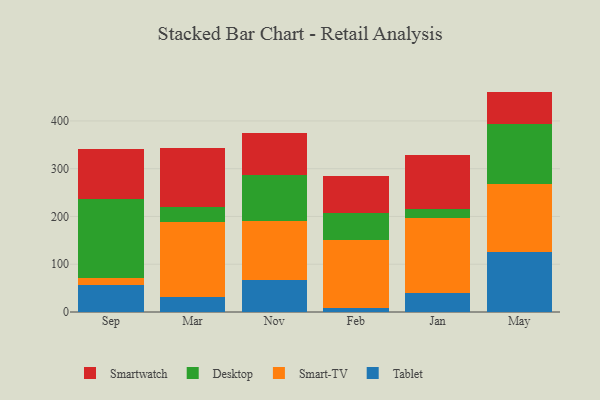
{"axis": {"x": "Month", "y": "Temperature (°C)"}, "legend": ["Desktop", "Smart-TV", "Smartwatch", "Tablet"], "data": [{"x": "Sep", "y": 56.4, "type": "Tablet"}, {"x": "Sep", "y": 14.2, "type": "Smart-TV"}, {"x": "Sep", "y": 166.2, "type": "Desktop"}, {"x": "Sep", "y": 103.9, "type": "Smartwatch"}, {"x": "Mar", "y": 31.4, "type": "Tablet"}, {"x": "Mar", "y": 156.3, "type": "Smart-TV"}, {"x": "Mar", "y": 31.7, "type": "Desktop"}, {"x": "Mar", "y": 124.9, "type": "Smartwatch"}, {"x": "Nov", "y": 67.0, "type": "Tablet"}, {"x": "Nov", "y": 123.4, "type": "Smart-TV"}, {"x": "Nov", "y": 95.8, "type": "Desktop"}, {"x": "Nov", "y": 88.5, "type": "Smartwatch"}, {"x": "Feb", "y": 8.3, "type": "Tablet"}, {"x": "Feb", "y": 141.7, "type": "Smart-TV"}, {"x": "Feb", "y": 57.9, "type": "Desktop"}, {"x": "Feb", "y": 77.8, "type": "Smartwatch"}, {"x": "Jan", "y": 39.2, "type": "Tablet"}, {"x": "Jan", "y": 156.7, "type": "Smart-TV"}, {"x": "Jan", "y": 19.0, "type": "Desktop"}, {"x": "Jan", "y": 114.0, "type": "Smartwatch"}, {"x": "May", "y": 126.6, "type": "Tablet"}, {"x": "May", "y": 141.7, "type": "Smart-TV"}, {"x": "May", "y": 124.8, "type": "Desktop"}, {"x": "May", "y": 68.3, "type": "Smartwatch"}]}